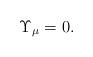
LaTeX: \begin{align*}\Upsilon_\mu=0.\end{align*}